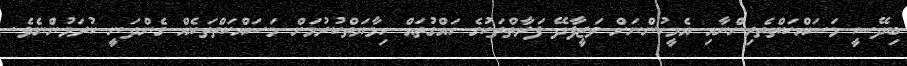
ބިދޭސީ މަސައްކަތްތެރިންނާއި އެމީހުންނަށް ވަޒީފާދޭ ފަރާތްތަކުގެ ހައްގުތައް ހިމާޔަތްކުރުމަށް މަސައްކަތްތަކެއް ގެންދަނީ ކުރަމުންނެވެ.